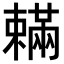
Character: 𣝮